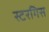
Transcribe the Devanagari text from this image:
स्टरगिस